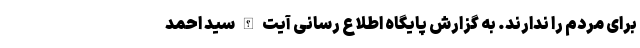
برای مردم را ندارند. به گزارش پایگاه اطلاع رسانی آیت الله سید احمد